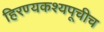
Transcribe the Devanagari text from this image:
हिरण्यकश्यपूचीच